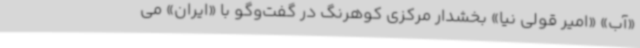
«آب» «امیر قولی نیا» بخشدار مرکزی کوهرنگ در گفت‌وگو با «ایران» می